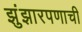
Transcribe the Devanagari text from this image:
झुंझारपणाची